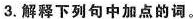
3.解释下列句中加点的词。